Vaccination in the Punjab 1919-1929 - 1919-1929
Year: 1919
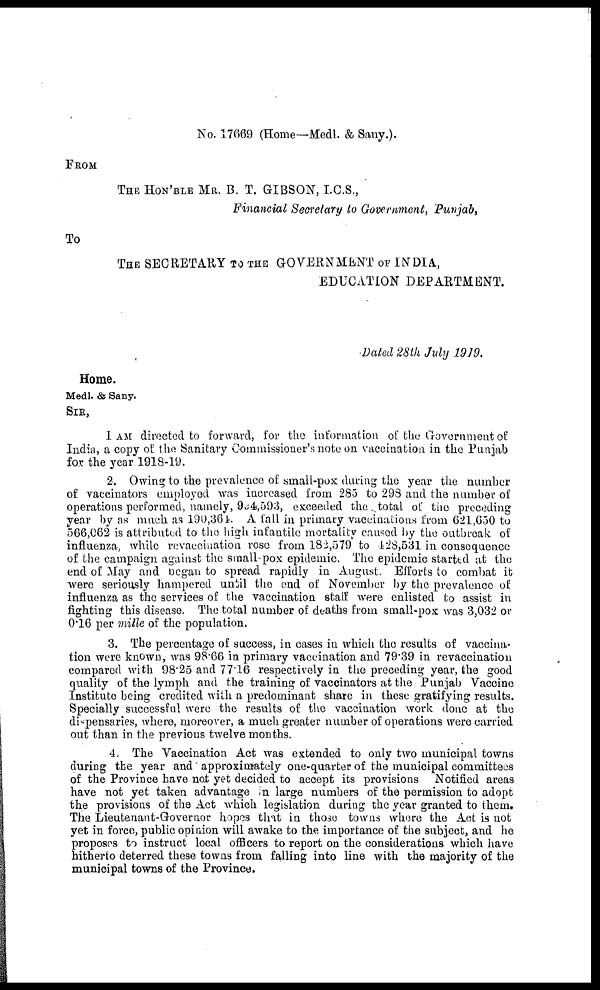
No. 17669 (Home—Medl. & Sany.).
FROM
THE HON'BLE MR. B. T. GIBSON, I.C.S.,
Financial Secretary to Government, Punjab,
To
THE SECRETARY TO THE GOVERNMENT OF INDIA,
EDUCATION DEPARTMENT.
Dated 28th July 1919.
Home.
Medl. & Sany.
SIR,
I AM directed to forward, for the information of the Government of
India, a copy of the Sanitary Commissioner's note on vaccination in the Punjab
for the year 1918-19.
2. Owing to the prevalence of small-pox during the year the number
of vaccinators employed was increased from 285 to 298 and the number of
operations performed, namely, 934,593, exceeded the total of the preceding
year by as much as 190,304. A fall in primary vaccinations from 621,650 to
566,062 is attributed to the high infantile mortality caused by the outbreak of
influenza, while revaccination rose from 182,579 to 128,531 in consequence
of the campaign against the small-pox epidemic. The epidemic started at the
end of May and began to spread rapidly in August. Efforts to combat it
were seriously hampered until the end of November by the prevalence of
influenza as the services of the vaccination stalf were enlisted to assist in
fighting this disease. The total number of deaths from small-pox was 3,032 or
0.16 per mille of the population.
3. The percentage of success, in cases in which the results of vaccina-
tion were known, was 98.66 in primary vaccination and 79.39 in revaccination
compared with 98.25 and 77.16 respectively in the preceding year, the good
quality of the lymph and the training of vaccinators at the Punjab Vaccine
Institute being credited with a predominant share in these gratifying results.
Specially successful were the results of the vaccination work done at the
dispensaries, where, moreover, a much greater number of operations were carried
out than in the previous twelve months.
4. The Vaccination Act was extended to only two municipal towns
during the year and approximately one-quarter of the municipal committees
of the Province have not yet decided to accept its provisions Notified areas
have not yet taken advantage n large numbers of the permission to adopt
the provisions of the Act which legislation during the year granted to them.
The Lieutenant-Governor hopes that in those towns where the Act is not
yet in force, public opinion will awake to the importance of the subject, and he
proposes to instruct local officers to report on the considerations which have
hitherto deterred these towns from falling into line with the majority of the
municipal towns of the Province.